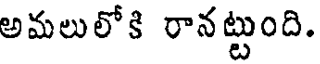
అమలులోకి రానట్టుంది.